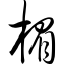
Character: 楣